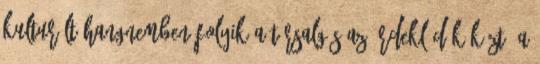
kulturált hangnemben folyik a társalgás az érdeklődök közt. A